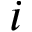
i